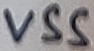
Text: VSS